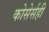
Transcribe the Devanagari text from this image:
कोसेर्सही